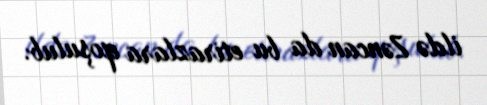
ildə Zəncan da bu etirazlara qoşulub.